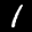
Label: 1